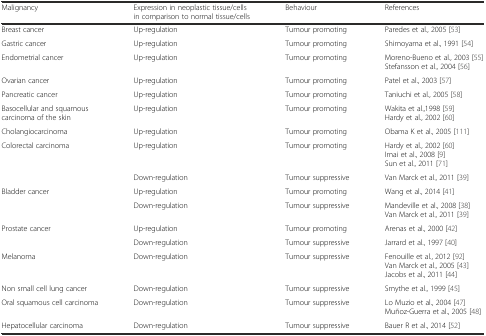
<table><thead><tr><td><b>Malignancy</b></td><td><b>Expression in neoplastic tissue/cells in comparison to normal tissue/cells</b></td><td><b>Behaviour</b></td><td><b>References</b></td></tr></thead><tbody><tr><td>Breast cancer</td><td>Up-regulation</td><td>Tumour promoting</td><td>Paredes et al., 2005 [53]</td></tr><tr><td>Gastric cancer</td><td>Up-regulation</td><td>Tumour promoting</td><td>Shimoyama et al., 1991 [54]</td></tr><tr><td>Endometrial cancer</td><td>Up-regulation</td><td>Tumour promoting</td><td>Moreno-Bueno et al., 2003 [55] Stefansson et al., 2004 [56]</td></tr><tr><td>Ovarian cancer</td><td>Up-regulation</td><td>Tumour promoting</td><td>Patel et al., 2003 [57]</td></tr><tr><td>Pancreatic cancer</td><td>Up-regulation</td><td>Tumour promoting</td><td>Taniuchi et al., 2005 [58]</td></tr><tr><td>Basocellular and squamous carcinoma of the skin</td><td>Up-regulation</td><td>Tumour promoting</td><td>Wakita et al.,1998 [59] Hardy et al., 2002 [60]</td></tr><tr><td>Cholangiocarcinoma</td><td>Up-regulation</td><td>Tumour promoting</td><td>Obama K et al., 2005 [111]</td></tr><tr><td>Colorectal carcinoma</td><td>Up-regulation</td><td>Tumour promoting</td><td>Hardy et al., 2002 [60] Imai et al., 2008 [9] Sun et al., 2011 [71]</td></tr><tr><td></td><td>Down-regulation</td><td>Tumour suppressive</td><td>Van Marck et al., 2011 [39]</td></tr><tr><td>Bladder cancer</td><td>Up-regulation</td><td>Tumour promoting</td><td>Wang et al., 2014 [41]</td></tr><tr><td></td><td>Down-regulation</td><td>Tumour suppressive</td><td>Mandeville et al., 2008 [38] Van Marck et al., 2011 [39]</td></tr><tr><td>Prostate cancer</td><td>Up-regulation</td><td>Tumour promoting</td><td>Arenas et al., 2000 [42]</td></tr><tr><td></td><td>Down-regulation</td><td>Tumour suppressive</td><td>Jarrard et al., 1997 [40]</td></tr><tr><td>Melanoma</td><td>Down-regulation</td><td>Tumour suppressive</td><td>Fenouille et al., 2012 [92] Van Marck et al., 2005 [43] Jacobs et al., 2011 [44]</td></tr><tr><td>Non small cell lung cancer</td><td>Down-regulation</td><td>Tumour suppressive</td><td>Smythe et al., 1999 [45]</td></tr><tr><td>Oral squamous cell carcinoma</td><td>Down-regulation</td><td>Tumour suppressive</td><td>Lo Muzio et al., 2004 [47] Muñoz-Guerra et al., 2005 [48]</td></tr><tr><td>Hepatocellular carcinoma</td><td>Down-regulation</td><td>Tumour suppressive</td><td>Bauer R et al., 2014 [52]</td></tr></tbody></table>